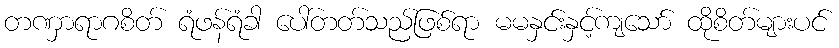
တဏှာရာဂစိတ် ရံဖန်ရံခါ ပေါ်တတ်သည်ဖြစ်ရာ မမနှင်းနှင့်ကျသော် ထိုစိတ်များပင်